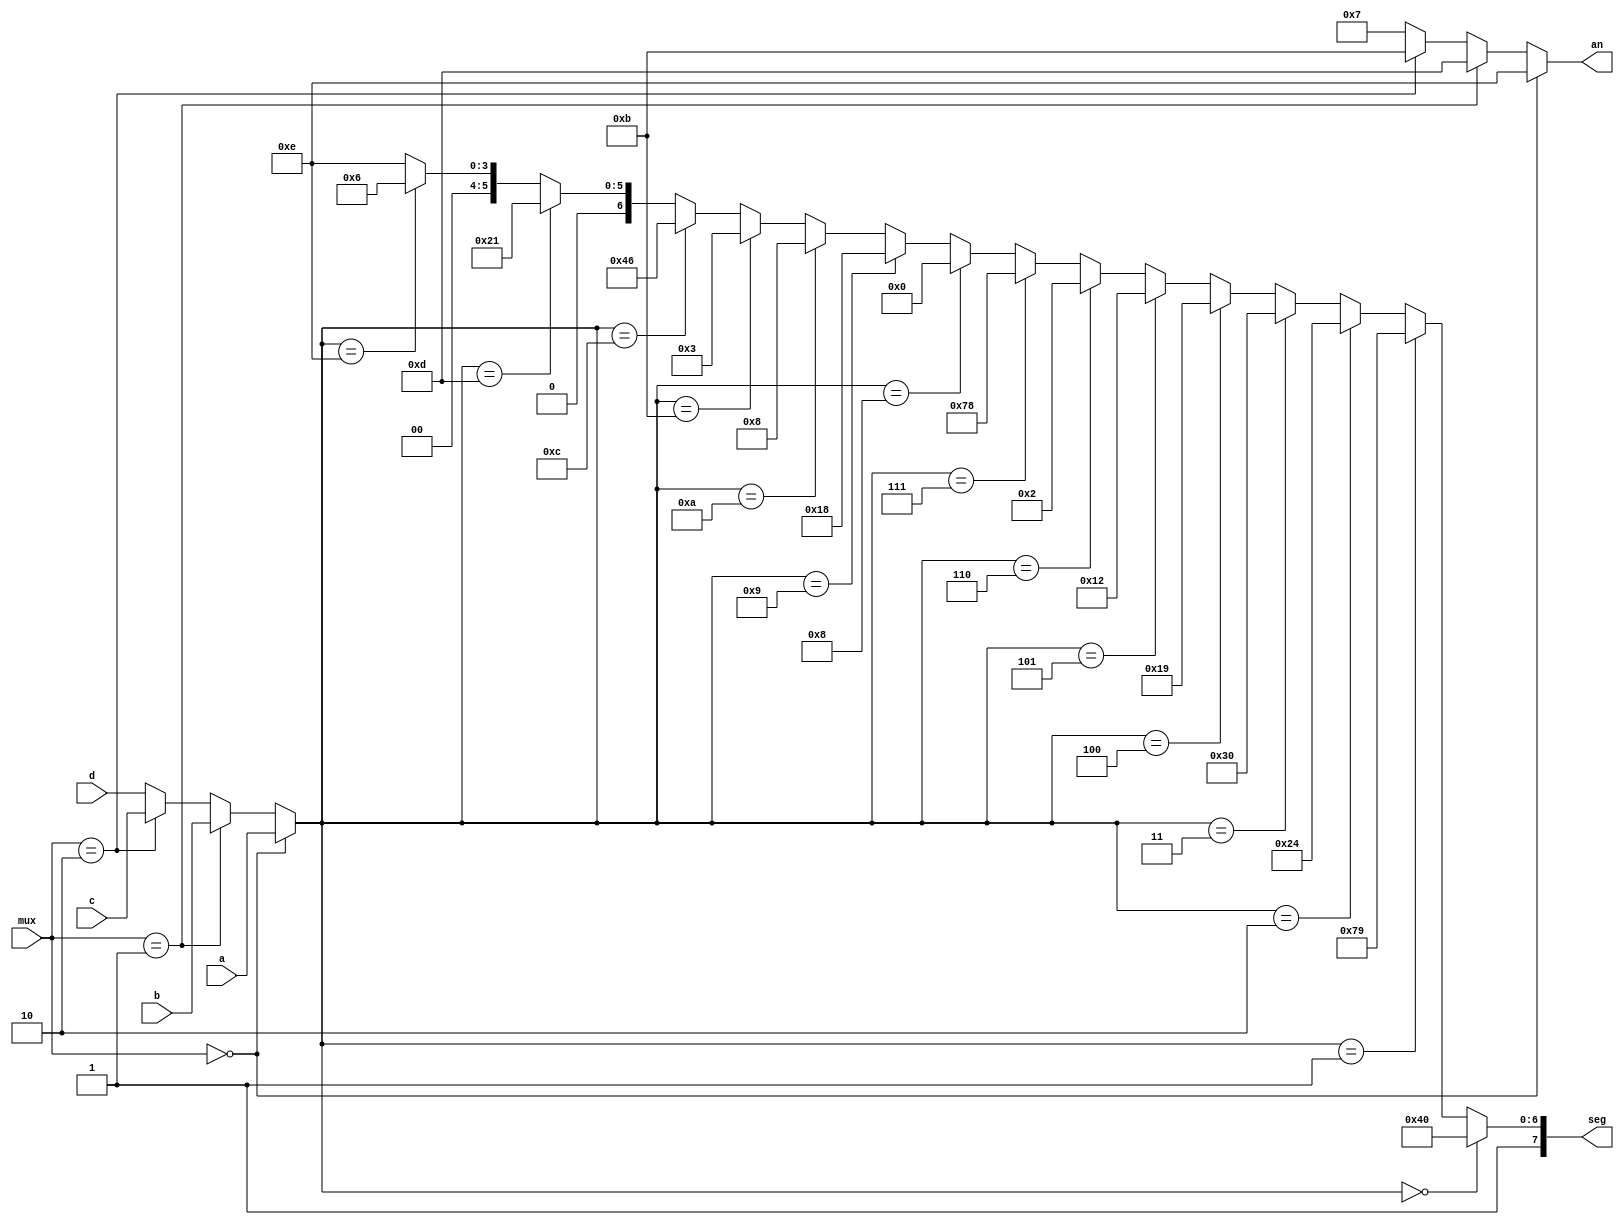
`timescale 1ns / 1ps
//////////////////////////////////////////////////////////////////////////////////
// Company:  ECE3829
//           Tucker Martin
// 
// Design Name: 
// Module Name: seven_seg
// Project Name: 
// Target Devices: 
// Tool Versions: 
// Description: 
// 
// Dependencies: 
// 
// Revision:
// Revision 0.01 - File Created
// Additional Comments:
// 
//////////////////////////////////////////////////////////////////////////////////


module seven_seg(
    input [3:0] a,
    input [3:0] b,
    input [3:0] c,
    input [3:0] d,
    input [1:0] mux,
    output [7:0] seg,
    output [3:0] an
    );
    
    
    wire [3:0] e;
    assign e = (mux == 2'b00) ? a :
        (mux == 2'b01) ? b :
        (mux == 2'b10) ? c :
        d; 
    
    
    assign an = (mux == 2'b00) ? 4'b1110 :
        (mux == 2'b01) ? 4'b1101 :
        (mux == 2'b10) ? 4'b1011 :
        4'b0111;
    
    
    //7-segment LED equivalents to all hexadecimal digits.
    parameter disp0 = 8'b11000000;
    parameter disp1 = 8'b11111001;
    parameter disp2 = 8'b10100100;
    parameter disp3 = 8'b10110000;
    parameter disp4 = 8'b10011001;
    parameter disp5 = 8'b10010010;
    parameter disp6 = 8'b10000010;
    parameter disp7 = 8'b11111000;
    parameter disp8 = 8'b10000000;
    parameter disp9 = 8'b10011000;
    parameter dispA = 8'b10001000;
    parameter dispB = 8'b10000011;
    parameter dispC = 8'b11000110;
    parameter dispD = 8'b10100001;
    parameter dispE = 8'b10000110;
    parameter dispF = 8'b10001110;
    
    assign seg = (e == 4'b0000) ? disp0 :
        (e == 4'b0001) ? disp1 :
        (e == 4'b0010) ? disp2 :
        (e == 4'b0011) ? disp3 :
        (e == 4'b0100) ? disp4 :
        (e == 4'b0101) ? disp5 :
        (e == 4'b0110) ? disp6 :
        (e == 4'b0111) ? disp7 :
        (e == 4'b1000) ? disp8 :
        (e == 4'b1001) ? disp9 :
        (e == 4'b1010) ? dispA :
        (e == 4'b1011) ? dispB :
        (e == 4'b1100) ? dispC :
        (e == 4'b1101) ? dispD :
        (e == 4'b1110) ? dispE :
        dispF;
    
    //Sets display to first led display when mux is high, second led display when mux is low.
    
endmodule